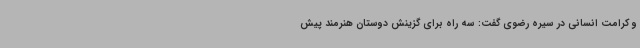
و کرامت انسانی در سیره رضوی گفت: سه راه برای گزینش دوستان هنرمند پیش